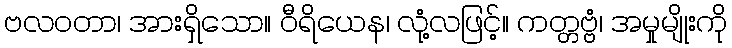
ဗလဝတာ၊ အားရှိသော။ ဝီရိယေန၊ လုံ့လဖြင့်။ ကတ္တဗ္ဗံ၊ အမှုမျိုးကို